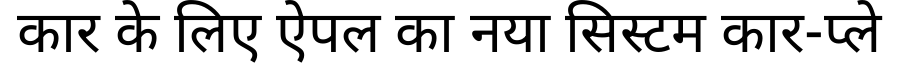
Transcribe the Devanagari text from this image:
कार के लिए ऐपल का नया सिस्टम कार-प्ले